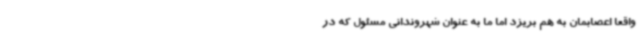
واقعاً اعصابمان به هم بریزد اما ما به عنوان شهروندانی مسئول که در